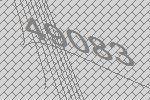
49083